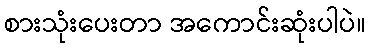
စားသုံးပေးတာ အကောင်းဆုံးပါပဲ။